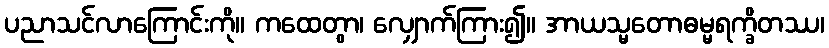
ပညာသင်လာကြောင်းကို။ ကထေတွာ၊ လျှောက်ကြား၍။ အာယသ္မတောဓမ္မရက္ခိတဿ၊